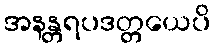
အနန္တရပဒတ္တယေပိ